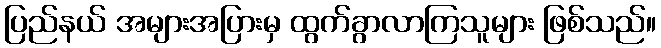
ပြည်နယ် အများအပြားမှ ထွက်ခွာလာကြသူများ ဖြစ်သည်။